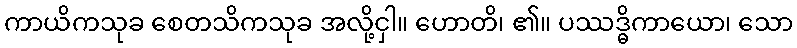
ကာယိကသုခ စေတသိကသုခ အလို့ငှါ။ ဟောတိ၊ ၏။ ပဿဒ္ဓိကာယော၊ သော